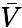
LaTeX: \bar{V}